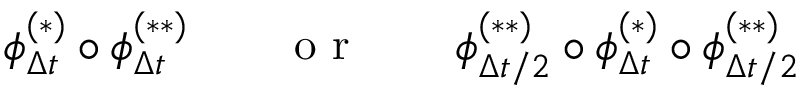
\phi _ { \Delta t } ^ { ( * ) } \circ \phi _ { \Delta t } ^ { ( * * ) } \qquad \mathrm { ~ o ~ r ~ } \qquad \phi _ { { \Delta t } / 2 } ^ { ( * * ) } \circ \phi _ { \Delta t } ^ { ( * ) } \circ \phi _ { { \Delta t } / 2 } ^ { ( * * ) }